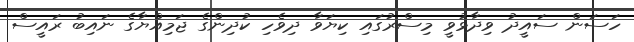
ހަސަން ސައީދު ވިދާޅުވީ މިސްރުގައި ކިޔަވާ ދިވެހި ކުދިންގެ ޖަމިއްޔާގެ ނައިބު ރައީސް